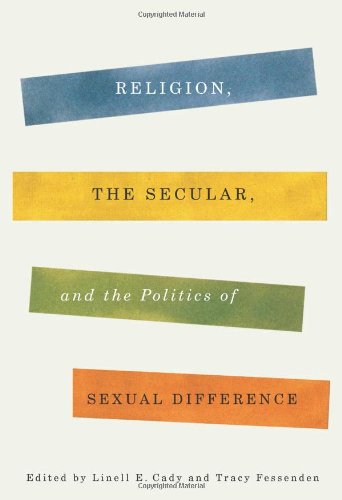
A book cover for Religion, the Secular, and the Politics of Sexual Difference (Religion, Culture, and Public Life); Religion & Spirituality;